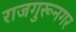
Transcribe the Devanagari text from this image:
राजगुरूनगर